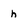
Character: h